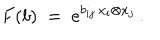
F ( b ) \ = \ e ^ { b _ { i j } \, x _ { i } \otimes x _ { j } } \, .